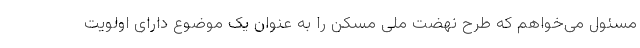
مسئول می‌خواهم که طرح نهضت ملی مسکن را به عنوان یک موضوع دارای اولویت